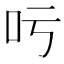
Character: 𠮱